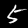
Digit: 5